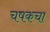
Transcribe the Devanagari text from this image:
चषकचा